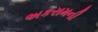
અકરામની